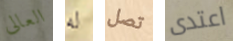
العالى له تصل اعتدى